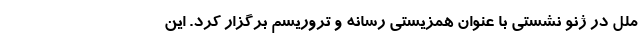
ملل در ژنو نشستی با عنوان همزیستی رسانه و تروریسم برگزار کرد. این